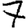
Digit: 7